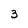
Character: 3